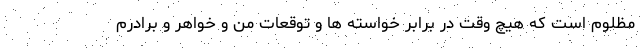
مظلوم است که هیچ وقت در برابر خواسته ها و توقعات من و خواهر و برادرم